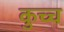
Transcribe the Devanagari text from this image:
कुच्च